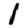
Digit: 1